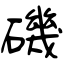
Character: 磯